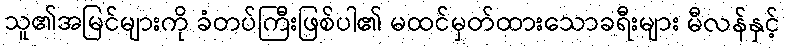
သူ၏အမြင်များကို ခံတပ်ကြီးဖြစ်ပါ၏ မထင်မှတ်ထားသောခရီးများ မီလန်နှင့်